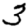
Digit: 3